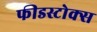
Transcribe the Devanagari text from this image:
फीडस्टोक्स